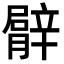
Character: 𦡍